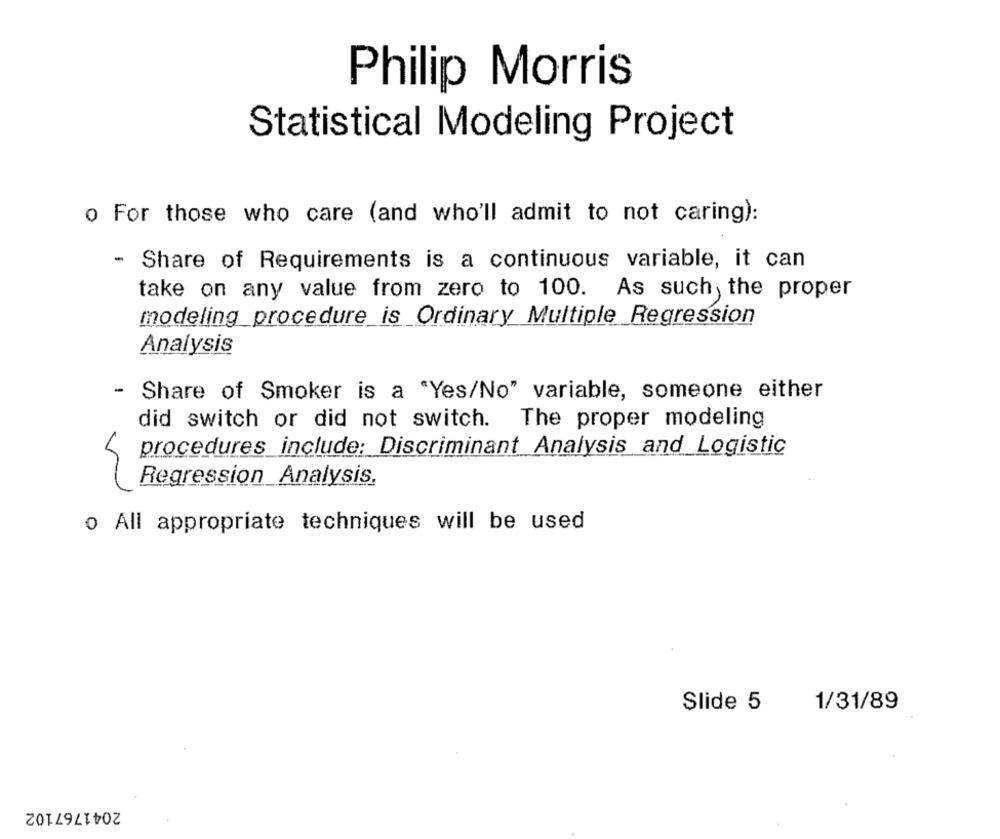
Philip Morris
Statistical Modeling Project
o For those who care (and who'll admit to not caring):
- Share of Requirements is a continuous variable, it can
take on any value from zero to 100. As such, the proper
modeling_procedure is Ordinary Multiple Regression
Analysis
Share of Smoker is a "Yes/No" variable, someone either
did switch or did not switch. The proper modeling
procedures include: Discriminant Analysis and Logistic
Regression Analysis.
o All appropriate techniques will be used
Slide 5
1/31/89
2041767102